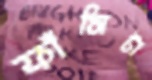
ফাঁসিটা